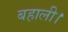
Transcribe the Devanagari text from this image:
बहाली।